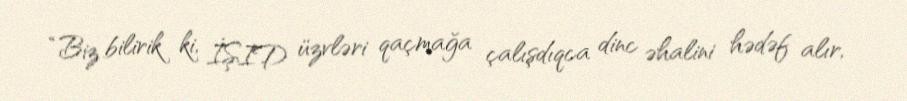
“Biz bilirik ki, İŞID üzvləri qaçmağa çalışdıqca dinc əhalini hədəf alır,